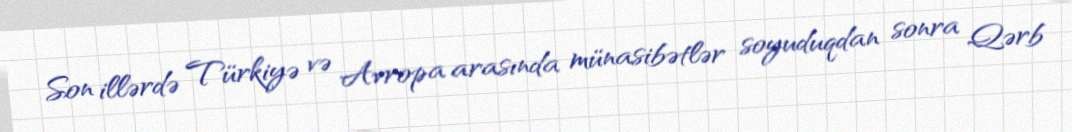
Son illərdə Türkiyə və Avropa arasında münasibətlər soyuduqdan sonra Qərb